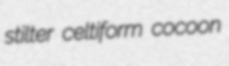
stilter celtiform cocoon